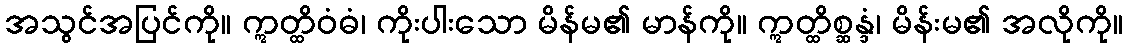
အသွင်အပြင်ကို။ ဣတ္ထိဝံဓံ၊ ကိုးပါးသော မိန်မ၏ မာန်ကို။ ဣတ္ထိစ္ဆန္ဒံ၊ မိန်းမ၏ အလိုကို။